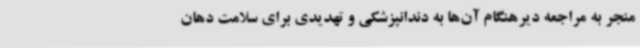
منجر به مراجعه دیرهنگام آن‌ها به دندانپزشکی و تهدیدی برای سلامت دهان